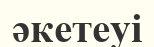
әкетеуі